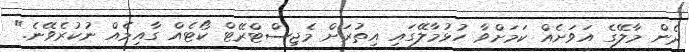
ދެން މާލޭގެ އަވަށެއް ކަމަށްވާ ހުޅުމާލޭގައި އިތުރަށް މެޖިސްޓްރޭޓް ކޯޓެއް ގާއިމެއް ނުކުރެވޭނެ."